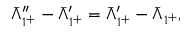
{ \bar { \Lambda } } _ { 1 ^ { + } } ^ { \prime \prime } - { \bar { \Lambda } } _ { 1 ^ { + } } ^ { \prime } = { \bar { \Lambda } } _ { 1 ^ { + } } ^ { \prime } - { \bar { \Lambda } } _ { 1 ^ { + } } ,